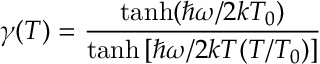
\gamma ( T ) = \frac { \operatorname { t a n h } ( \hbar \omega / 2 k T _ { 0 } ) } { \operatorname { t a n h } \left[ \hbar \omega / 2 k T ( T / T _ { 0 } ) \right] }